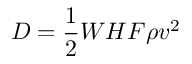
D = { \frac { 1 } { 2 } } W H F \rho v ^ { 2 }